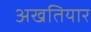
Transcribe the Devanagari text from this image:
अखतियार